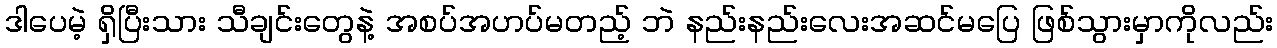
ဒါပေမဲ့ ရှိပြီးသား သီချင်းတွေနဲ့ အစပ်အဟပ်မတည့် ဘဲ နည်းနည်းလေးအဆင်မပြေ ဖြစ်သွားမှာကိုလည်း